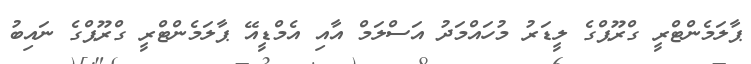
ޕާލަމެންޓްރީ ގްރޫޕްގެ ލީޑަރު މުހައްމަދު އަސްލަމް އާއި އެމްޑީއޭ ޕާލަމެންޓްރީ ގްރޫޕްގެ ނައިބު